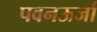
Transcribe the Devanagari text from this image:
पवनऊर्जा